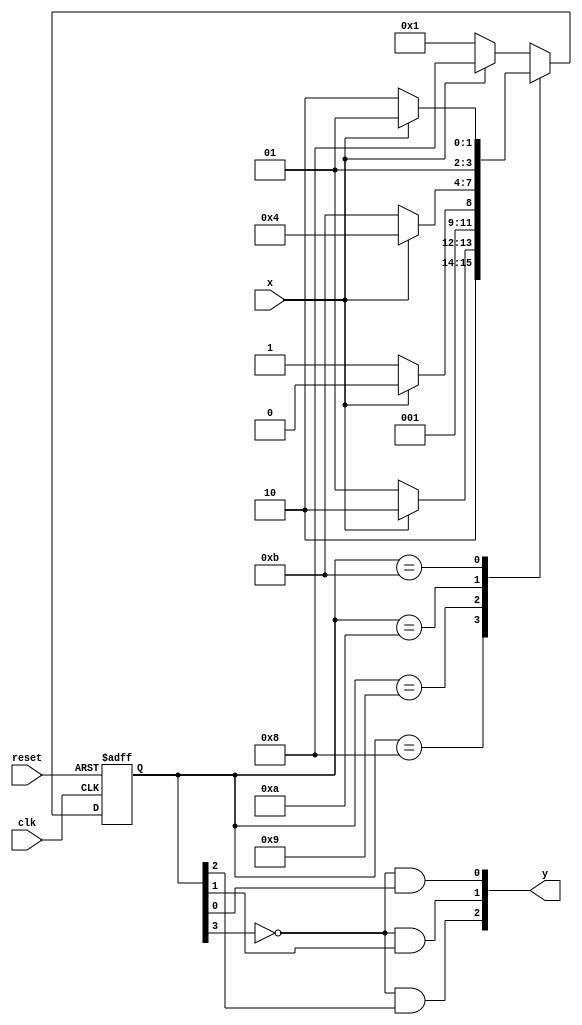
module huffman_decoder(x, y, clk, reset);
input x, clk, reset;
output [2:0] y;

reg [3:0] state;
reg [3:0] next;


parameter S0 = 4'b0000, A = 4'b0001, B = 4'b0010, C = 4'b0011, D = 4'b0100, E = 4'b0101, F = 4'b0110;
parameter S1 = 4'b1000, S2 = 4'b1001, S3 = 4'b1010, S4 = 4'b1011; 

always @(*)
begin
    case(state)
    S0: if(x) next = S1; else next = A;
    S1: if(x) next = S3; else next = S2;
    S2: if(x) next = B; else next = C;
    S3: if(x) next = D; else next = S4;
    S4: if(x) next = E; else next = F;
    default: if(x) next = S1; else next = A;
    endcase
end

always @(posedge clk or posedge reset)
begin
    if(reset) state <= S0;
    else state <= next;
end

assign y[2] = ~state[3] & state[2];
assign y[1] = ~state[3] & state[1];
assign y[0] = ~state[3] & state[0];

endmodule